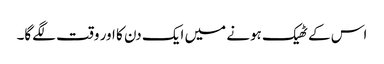
اس کے ٹھیک ہونے میں ایک دن کا اور وقت لگے‌گا۔